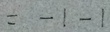
= - 1 - 1